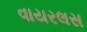
વાયરલસ